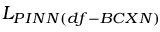
L _ { P I N N ( d f - B C X N ) }